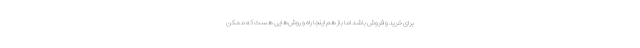
برای خرید و فروش باشد اما باز هم اینجا راه و روش‌هایی هست که ممکن